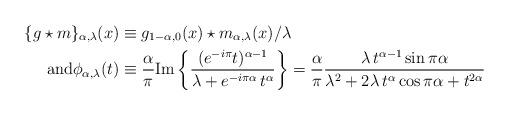
LaTeX: \begin{align*} \{g\star m\}_{\alpha,\lambda}(x) &\equiv g_{1-\alpha,0}(x)\star m_{\alpha,\lambda}(x)/\lambda \\\mathrm{and}\phi_{\alpha,\lambda}(t) &\equiv \frac{\alpha}{\pi} {\rm Im}\left\{\frac{(e^{-i\pi}t)^{\alpha-1}}{\lambda+e^{-i\pi\alpha}\,t^\alpha}\right\}= \frac{\alpha}{\pi} \frac{\lambda\,t^{\alpha-1}\sin\pi\alpha}{\lambda^2+2\lambda\,t^\alpha\cos\pi\alpha+t^{2\alpha}}\end{align*}